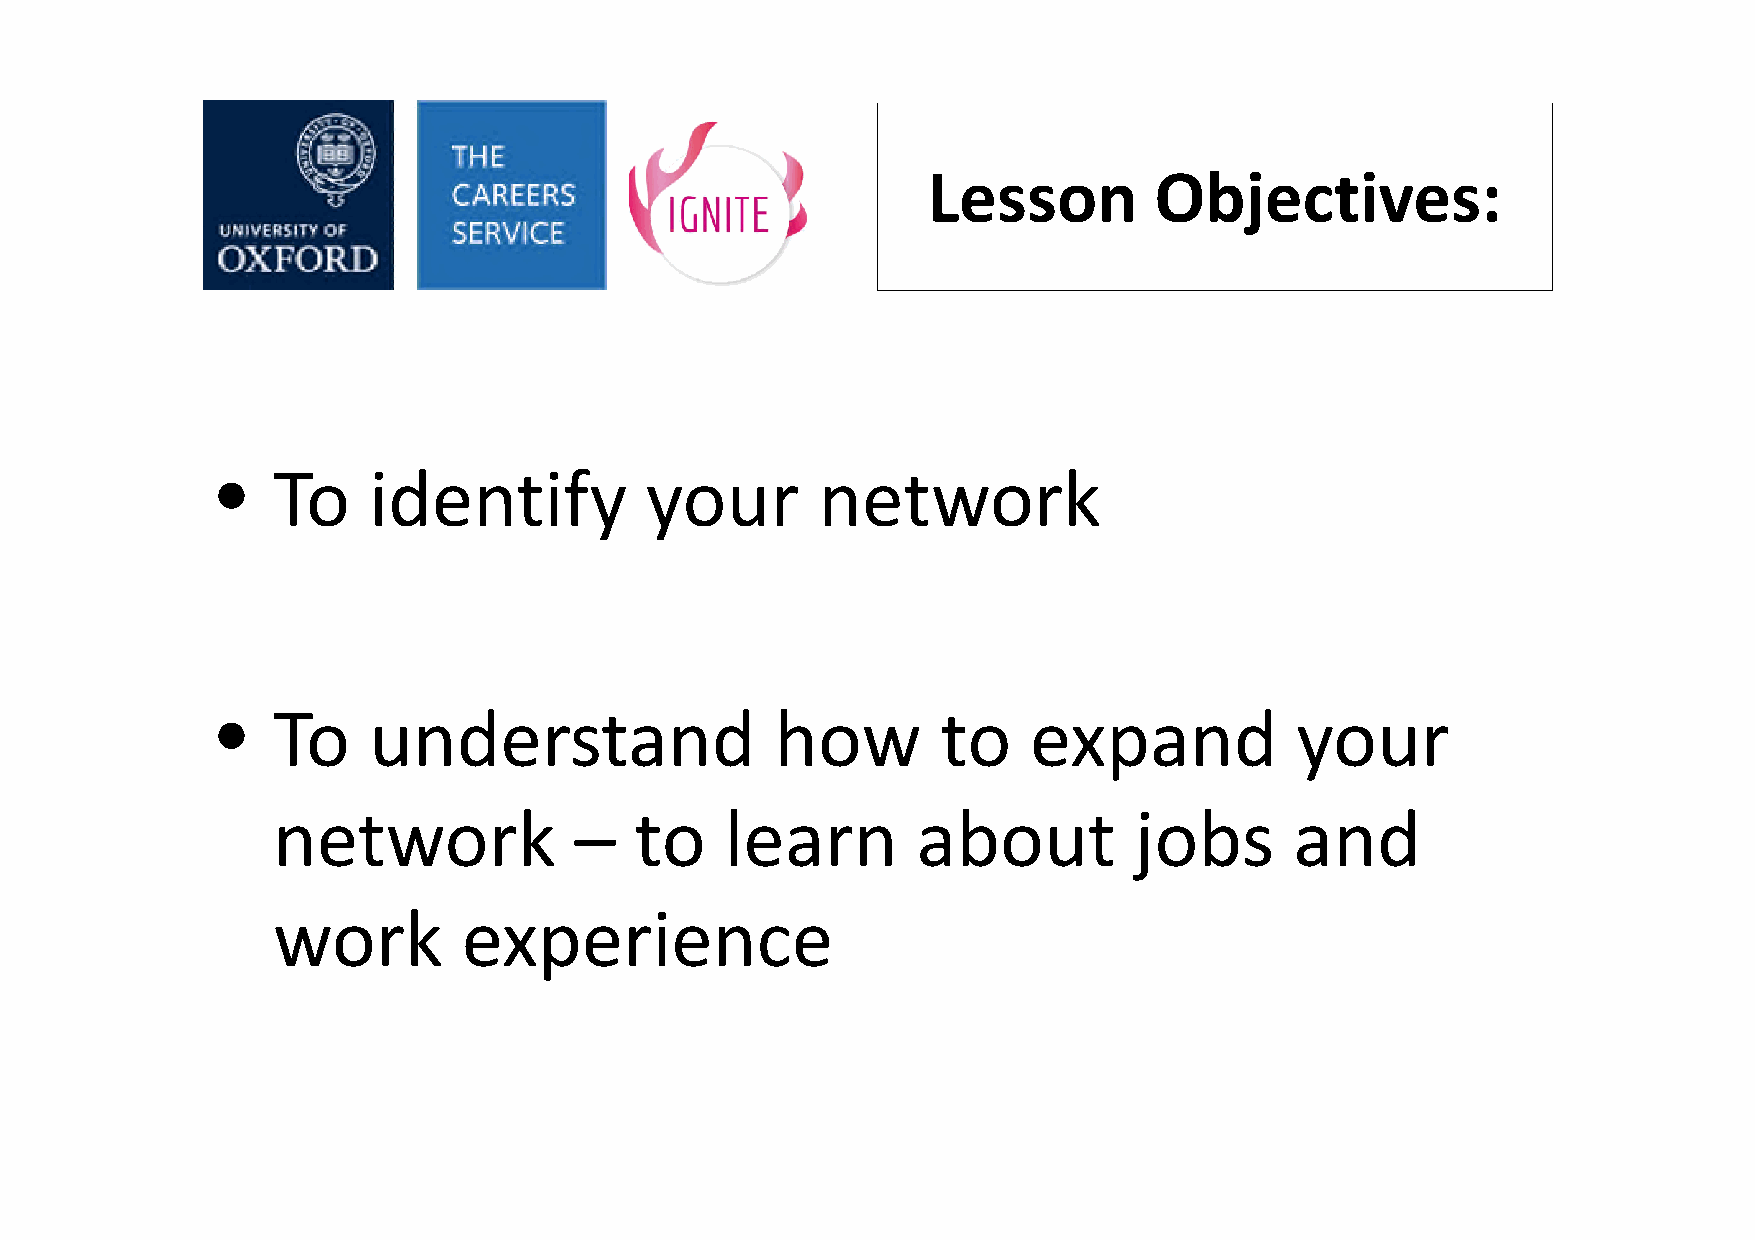
Lesson         Objectives:
 •   To    identify           your       network
 •   To    understand                 how        to    expand            your
 network             –   to    learn        about         jobs       and
 work         experience